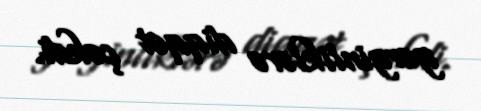
gərginliklərə diqqət çəkdi.